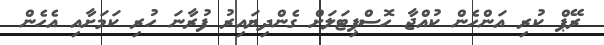
ރޭޕް ކުރި އަންހެން ކުއްޖާ ހޮސްޕިޓަލަށް ގެންދިޔައިރު ފުރާނަ ހުރި ކަމަށާއި އެހެން